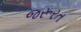
જરૂરત